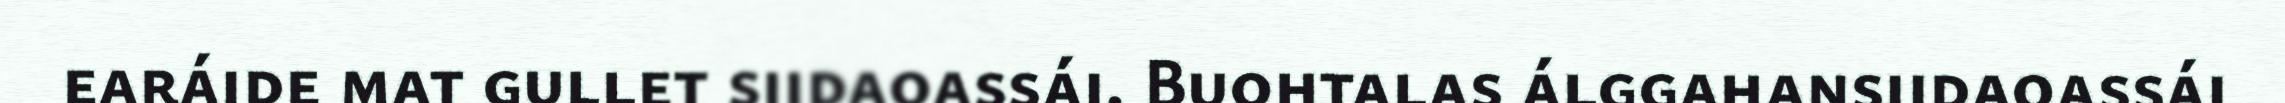
earáide mat gullet siidaoassái. Buohtalas álggahansiidaoassái